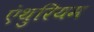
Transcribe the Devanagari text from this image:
एंथुरियम